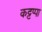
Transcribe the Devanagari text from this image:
कट्टप्पा